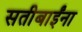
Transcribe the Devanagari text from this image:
सतीबाईंना